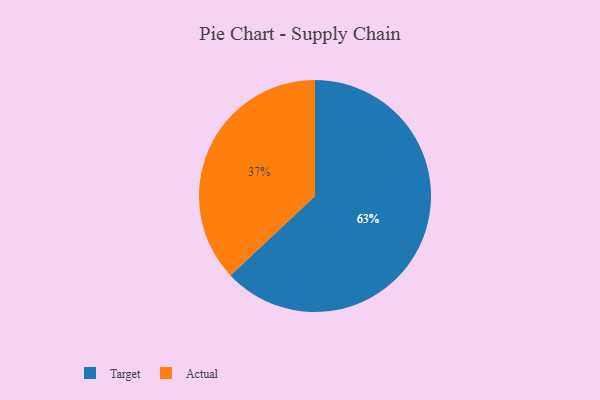
{"axis": {"x": "Category", "y": "Percentage"}, "legend": ["Actual", "Target"], "data": [{"x": "Actual", "y": 37, "type": "Actual"}, {"x": "Target", "y": 63, "type": "Target"}]}